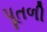
પૂતળી